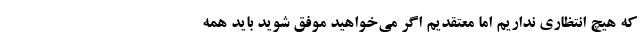
که هیچ انتظاری نداریم اما معتقدیم اگر می‌خواهید موفق شوید باید همه